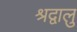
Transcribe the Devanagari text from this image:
श्रद्वालु